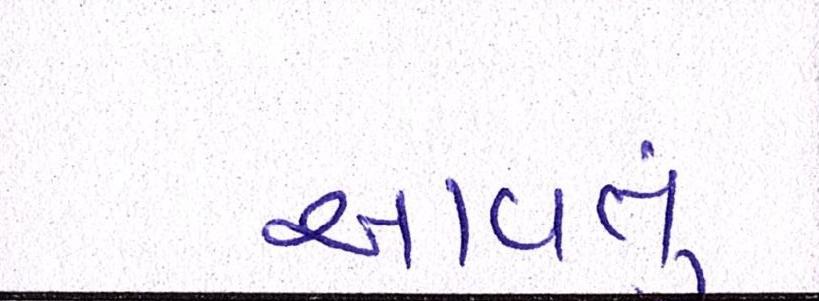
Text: આવતુ